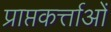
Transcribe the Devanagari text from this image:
प्राप्तकर्त्ताओं